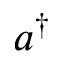
a ^ { \dagger }